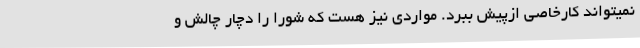
نمیتواند کارخاصی ازپیش ببرد. مواردی نیز هست که شورا را دچار چالش و